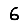
Digit: 6